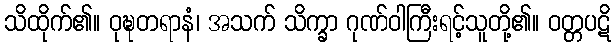
သိထိုက်၏။ ဝုဍ္ဎတရာနံ၊ အသက် သိက္ခာ ဂုဏ်ဝါကြီးရင့်သူတို့၏။ ဝတ္တပဋိ